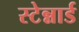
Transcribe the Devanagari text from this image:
स्टेन्नार्ड